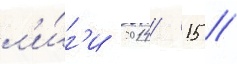
л'и́г'и 2014/ 15 //